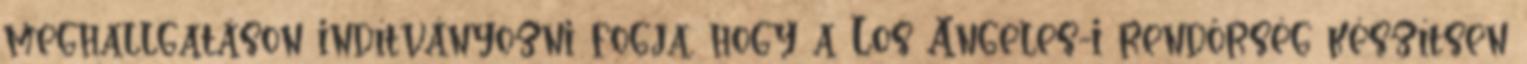
meghallgatáson indítványozni fogja, hogy a Los Angeles-i rendőrség készítsen